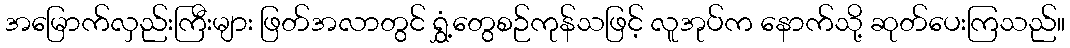
အမြောက်လှည်းကြီးများ ဖြတ်အလာတွင် ရွှံ့တွေစဉ်ကုန်သဖြင့် လူအုပ်က နောက်သို့ ဆုတ်ပေးကြသည်။